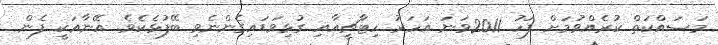
މަސައްކަތް ކުރެއްވުމަށް ފަހު 2011ވަނަ އަހަރު ހިޓާޗީއާއި ގުޅިވަޑައިގެންނެވި ބޭފުޅެކެވެ. އޭނާއަކީ ފެން